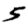
Digit: 5